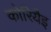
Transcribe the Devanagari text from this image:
कोरियैइ